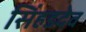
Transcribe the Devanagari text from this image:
सिंहडदेव